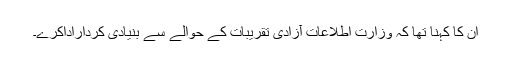
ان کا کہنا تھا کہ وزارت اطلاعات آزادی تقریبات کے حوالے سے بنیادی کرداراداکرے۔